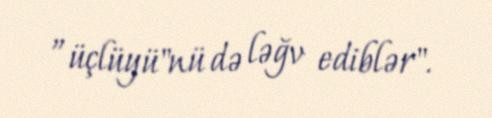
”üçlüyü"nü də ləğv ediblər".